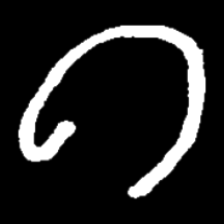
Pyu character \u2014 Myanmar letter: ဂ (romanized: ga)